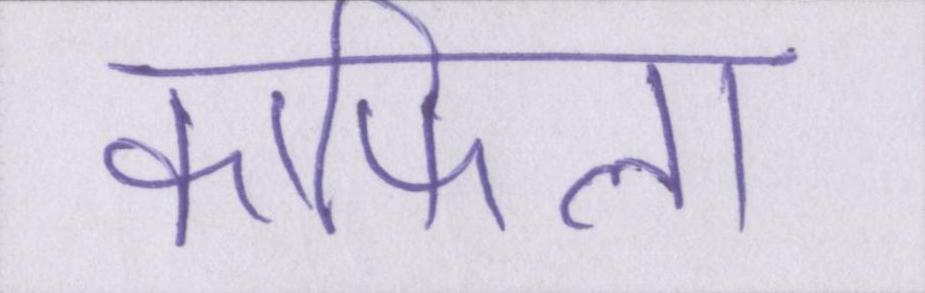
काफिला